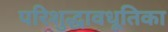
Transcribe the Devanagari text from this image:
परिशुद्धावधूतिका